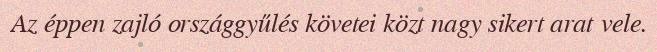
Az éppen zajló országgyűlés követei közt nagy sikert arat vele.